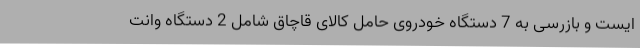
ایست و بازرسی به 7 دستگاه خودروی حامل کالای قاچاق شامل 2 دستگاه وانت